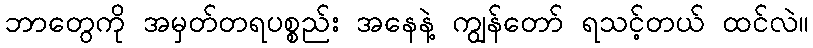
ဘာတွေကို အမှတ်တရပစ္စည်း အနေနဲ့ ကျွန်တော် ရသင့်တယ် ထင်လဲ။